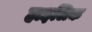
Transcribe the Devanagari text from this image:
हाइलिक